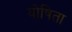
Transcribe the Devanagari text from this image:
योषिता